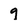
Character: 9